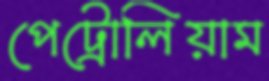
পেট্রোলিয়াম